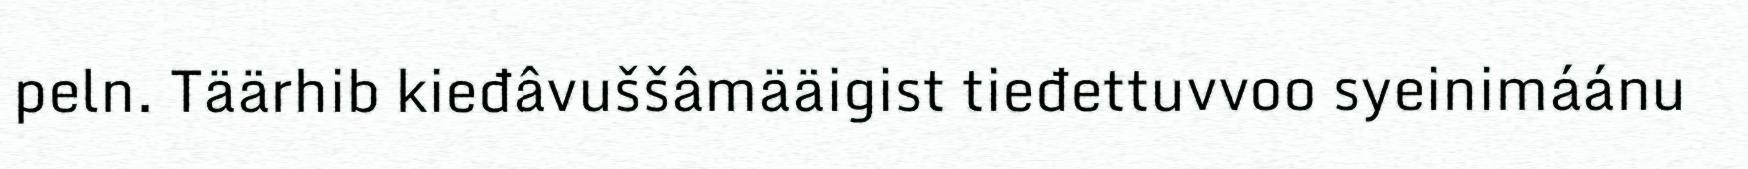
peln. Täärhib kieđâvuššâmääigist tieđettuvvoo syeinimáánu